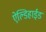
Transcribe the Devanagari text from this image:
ऐल्डिहाईड